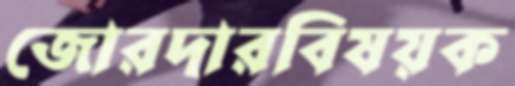
জোরদারবিষয়ক